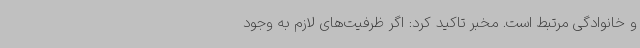
و خانوادگی مرتبط است. مخبر تاکید کرد: اگر ظرفیت‌های لازم به وجود